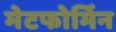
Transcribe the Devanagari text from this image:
मेटफोर्मिन